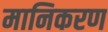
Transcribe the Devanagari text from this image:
मानिकरण